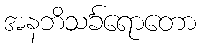
အနဘိသင်္ခရောတော